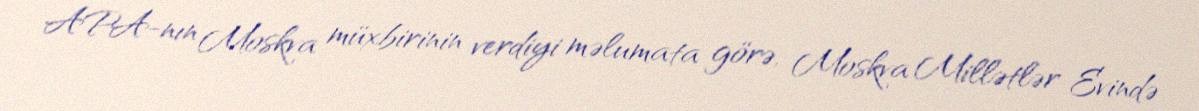
APA-nın Moskva müxbirinin verdiyi məlumata görə, Moskva Millətlər Evində